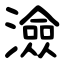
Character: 澰